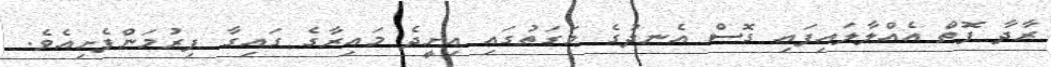
ރާދާ ފޮތް އެއްލާލައިފައި ގޮސް އެނދުގެ މަގަތުގައި އިށީދެ މައިރާގެ ގައިގާ ފިރުމަންފެށިއެވެ.